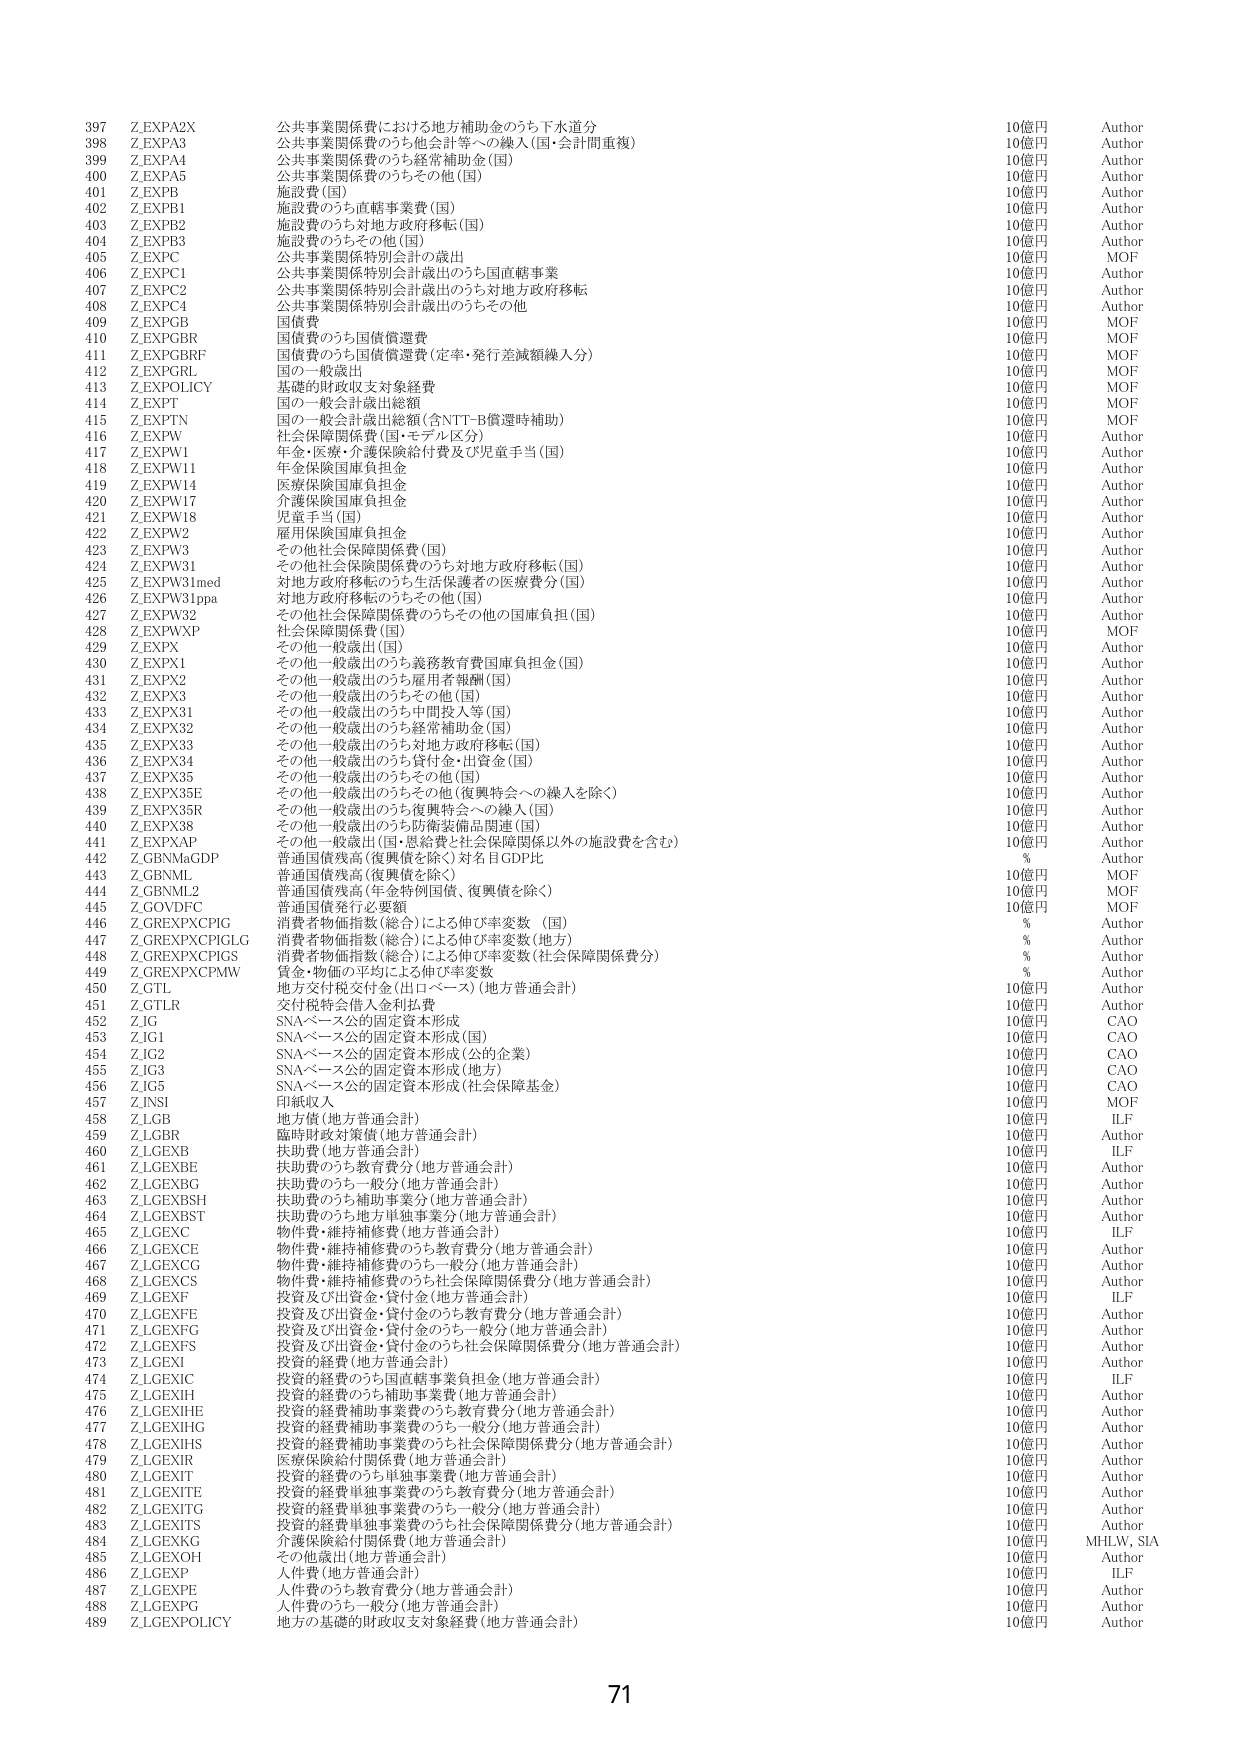
397 Z.EXP A2X 公共事業関係費における地方補助金のうち下水道分 10億円 Author
398 Z.EXP A3 公共事業関係費のうち他会計等への繰入(国・会計間重複) 10億円 Author
399 Z.EXP A4 公共事業関係費のうち経常補助金(国) 10億円 Author
400 Z.EXP A5 公共事業関係費のうちその他(国) 10億円 Author
401 Z.EXP B 施設費(国) 10億円 Author
402 Z.EXP B1 施設費のうち直轄事業費(国) 10億円 Author
403 Z.EXP B2 施設費のうち対地方政府移転(国) 10億円 Author
404 Z.EXP B3 施設費のうちその他(国) 10億円 Author
405 Z.EXP C 公共事業関係特別会計の歳出 10億円 MOF
406 Z.EXP C1 公共事業関係特別会計歳出のうち国直轄事業 10億円 Author
407 Z.EXP C2 公共事業関係特別会計歳出のうち対地方政府移転 10億円 Author
408 Z.EXP C4 公共事業関係特別会計歳出のうちその他 10億円 Author
409 Z.EXP GB 国債費 10億円 MOF
410 Z.EXP GBR 国債費のうち国債償還費 10億円 MOF
411 Z.EXP GBRF 国債費のうち国債償還費(定率・発行差減額繰入分) 10億円 MOF
412 Z.EXP GRL 国の一般歳出 10億円 MOF
413 Z.EXP POLICY 基礎的財政収支対象経費 10億円 MOF
414 Z.EXP T 国の一般会計歳出総額 10億円 MOF
415 Z.EXP TN 国の一般会計歳出総額(含NTT-B償還時補助) 10億円 MOF
416 Z.EXP W 社会保障関係費(国・モデル区分) 10億円 Author
417 Z.EXP W1 年金・医療・介護保険給付費及び児童手当(国) 10億円 Author
418 Z.EXP W11 年金保険国庫負担金 10億円 Author
419 Z.EXP W14 医療保険国庫負担金 10億円 Author
420 Z.EXP W17 介護保険国庫負担金 10億円 Author
421 Z.EXP W18 児童手当(国) 10億円 Author
422 Z.EXP W2 雇用保険国庫負担金 10億円 Author
423 Z.EXP W3 その他社会保障関係費(国) 10億円 Author
424 Z.EXP W31 その他社会保障関係費のうち対地方政府移転(国) 10億円 Author
425 Z.EXP W31med 対地方政府移転のうち生活保護者の医療費分(国) 10億円 Author
426 Z.EXP W31ppa 対地方政府移転のうちその他(国) 10億円 Author
427 Z.EXP W32 その他社会保障関係費のうちその他の国庫負担(国) 10億円 Author
428 Z.EXP WXP 社会保障関係費(国) 10億円 MOF
429 Z.EXP X その他一般歳出(国) 10億円 Author
430 Z.EXP X1 その他一般歳出のうち義務教育費国庫負担金(国) 10億円 Author
431 Z.EXP X2 その他一般歳出のうち雇用者報酬(国) 10億円 Author
432 Z.EXP X3 その他一般歳出のうちその他(国) 10億円 Author
433 Z.EXP X31 その他一般歳出のうち中間投入等(国) 10億円 Author
434 Z.EXP X32 その他一般歳出のうち経常補助金(国) 10億円 Author
435 Z.EXP X33 その他一般歳出のうち対地方政府移転(国) 10億円 Author
436 Z.EXP X34 その他一般歳出のうち貸付金・出資金(国) 10億円 Author
437 Z.EXP X35 その他一般歳出のうちその他(国) 10億円 Author
438 Z.EXP X35E その他一般歳出のうちその他(復興特会への繰入を除く) 10億円 Author
439 Z.EXP X35R その他一般歳出のうち復興特会への繰入(国) 10億円 Author
440 Z.EXP X38 その他一般歳出のうち防衛装備品関連(国) 10億円 Author
441 Z.EXP XAP その他一般歳出(国・恩給費と社会保障関係以外の施設費を含む) 10億円 Author
442 Z.GBNM GDP 普通国債残高(復興債を除く)対名目GDP比 % Author
443 Z.GBNML 普通国債残高(復興債を除く) 10億円 MOF
444 Z.GBNML2 普通国債残高(年金特例国債、復興債を除く) 10億円 MOF
445 Z.GOVDFC 普通国債発行必要額 10億円 MOF
446 Z.GREXPCPIG 消費者物価指数(総合)による伸び率変数(国) % Author
447 Z.GREXPCPIGLG 消費者物価指数(総合)による伸び率変数(地方) % Author
448 Z.GREXPCPIGS 消費者物価指数(総合)による伸び率変数(社会保障関係費分) % Author
449 Z.GREXPCPMW 賃金・物価の平均による伸び率変数 % Author
450 Z.GTL 地方交付税交付金(出ロベース)(地方普通会計) 10億円 Author
451 Z.GTLR 交付税特会借入金利払費 10億円 Author
452 Z.JG SNAベース公的固定資本形成 10億円 CAO
453 Z.JG1 SNAベース公的固定資本形成(国) 10億円 CAO
454 Z.JG2 SNAベース公的固定資本形成(公的企業) 10億円 CAO
455 Z.JG3 SNAベース公的固定資本形成(地方) 10億円 CAO
456 Z.JG5 SNAベース公的固定資本形成(社会保障基金) 10億円 CAO
457 Z.INSI 印紙収入 10億円 MOF
458 Z.LGB 地方債(地方普通会計) 10億円 ILF
459 Z.LGBR 臨時財政対策債(地方普通会計) 10億円 Author
460 Z.LGEXB 扶助費(地方普通会計) 10億円 ILF
461 Z.LGEXBE 扶助費のうち教育費分(地方普通会計) 10億円 Author
462 Z.LGEXBG 扶助費のうち一般分(地方普通会計) 10億円 Author
463 Z.LGEXBSH 扶助費のうち補助事業分(地方普通会計) 10億円 Author
464 Z.LGEXBST 扶助費のうち地方単独事業分(地方普通会計) 10億円 Author
465 Z.LGEXC 物件費・維持補修費(地方普通会計) 10億円 ILF
466 Z.LGEXCE 物件費・維持補修費のうち教育費分(地方普通会計) 10億円 Author
467 Z.LGEXCG 物件費・維持補修費のうち一般分(地方普通会計) 10億円 Author
468 Z.LGEXCS 物件費・維持補修費のうち社会保障関係費分(地方普通会計) 10億円 Author
469 Z.LGEXF 投資及び出資金・貸付金(地方普通会計) 10億円 ILF
470 Z.LGEXFE 投資及び出資金・貸付金のうち教育費分(地方普通会計) 10億円 Author
471 Z.LGEXFG 投資及び出資金・貸付金のうち一般分(地方普通会計) 10億円 Author
472 Z.LGEXFS 投資及び出資金・貸付金のうち社会保障関係費分(地方普通会計) 10億円 Author
473 Z.LGEXI 投資的経費(地方普通会計) 10億円 Author
474 Z.LGEXIC 投資的経費のうち国直轄事業負担金(地方普通会計) 10億円 ILF
475 Z.LGEXIH 投資的経費のうち補助事業費(地方普通会計) 10億円 Author
476 Z.LGEXIHE 投資的経費補助事業費のうち教育費分(地方普通会計) 10億円 Author
477 Z.LGEXIHG 投資的経費補助事業費のうち一般分(地方普通会計) 10億円 Author
478 Z.LGEXIHS 投資的経費補助事業費のうち社会保障関係費分(地方普通会計) 10億円 Author
479 Z.LGEXIR 医療保険給付関係費(地方普通会計) 10億円 Author
480 Z.LGEXIT 投資的経費のうち単独事業費(地方普通会計) 10億円 Author
481 Z.LGEXITE 投資的経費単独事業費のうち教育費分(地方普通会計) 10億円 Author
482 Z.LGEXITG 投資的経費単独事業費のうち一般分(地方普通会計) 10億円 Author
483 Z.LGEXITS 投資的経費単独事業費のうち社会保障関係費分(地方普通会計) 10億円 Author
484 Z.LGEXKG 介護保険給付関係費(地方普通会計) 10億円 MHLW, SIA
485 Z.LGEXOH その他歳出(地方普通会計) 10億円 Author
486 Z.LGEXP 人件費(地方普通会計) 10億円 ILF
487 Z.LGEXPE 人件費のうち教育費分(地方普通会計) 10億円 Author
488 Z.LGEXPG 人件費のうち一般分(地方普通会計) 10億円 Author
489 Z.LGEXPOLICY 地方の基礎的財政収支対象経費(地方普通会計) 10億円 Author

71